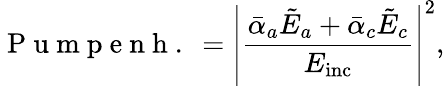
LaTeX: \mathrm{~P~u~m~p~e~n~h~.~}=\left|\frac{\bar{\alpha}_{a}\tilde{E}_{a}+\bar{\alpha}_{c}\tilde{E}_{c}}{E_{\mathrm{inc}}}\right|^{2},